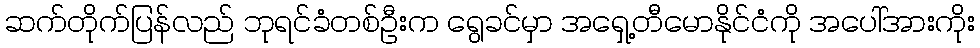
ဆက်တိုက်ပြန်လည် ဘုရင်ခံတစ်ဦးက ရွေခင်မှာ အရှေ့တီမောနိုင်ငံကို အပေါ်အားကိုး